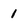
Character: 1